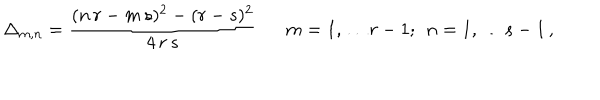
LaTeX: \Delta _ { m , n } = \frac { ( n \, r - m \, s ) ^ { 2 } - ( r - s ) ^ { 2 } } { 4 \, r \, s } \: \: \: \: \: \: \: m = 1 , \ldots r - 1 ; \: \: n = 1 , \ldots s - 1 \, ,